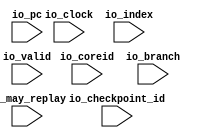

module DifftestRunaheadEvent(
  input         io_clock,
input  [ 7:0] io_coreid,
input  [ 7:0] io_index,
input         io_valid,
input         io_branch,
input         io_may_replay,
input  [63:0] io_pc,
input  [63:0] io_checkpoint_id
);
`ifndef SYNTHESIS
`ifdef DIFFTEST

import "DPI-C" function void v_difftest_RunaheadEvent (
input     byte io_coreid,
input     byte io_index,
input      bit io_valid,
input      bit io_branch,
input      bit io_may_replay,
input  longint io_pc,
input  longint io_checkpoint_id
);

  always @(posedge io_clock) begin
    v_difftest_RunaheadEvent (io_coreid,io_index,io_valid,io_branch,io_may_replay,io_pc,io_checkpoint_id);
  end
`endif
`endif
endmodule